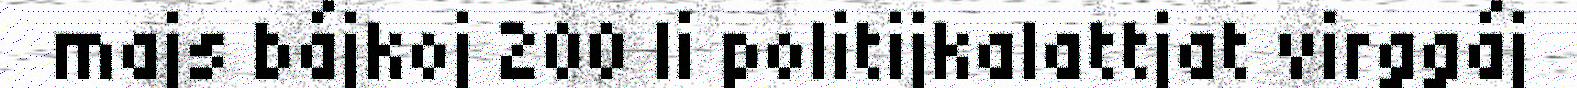
majs bájkoj 200 li politijkalattjat virggáj